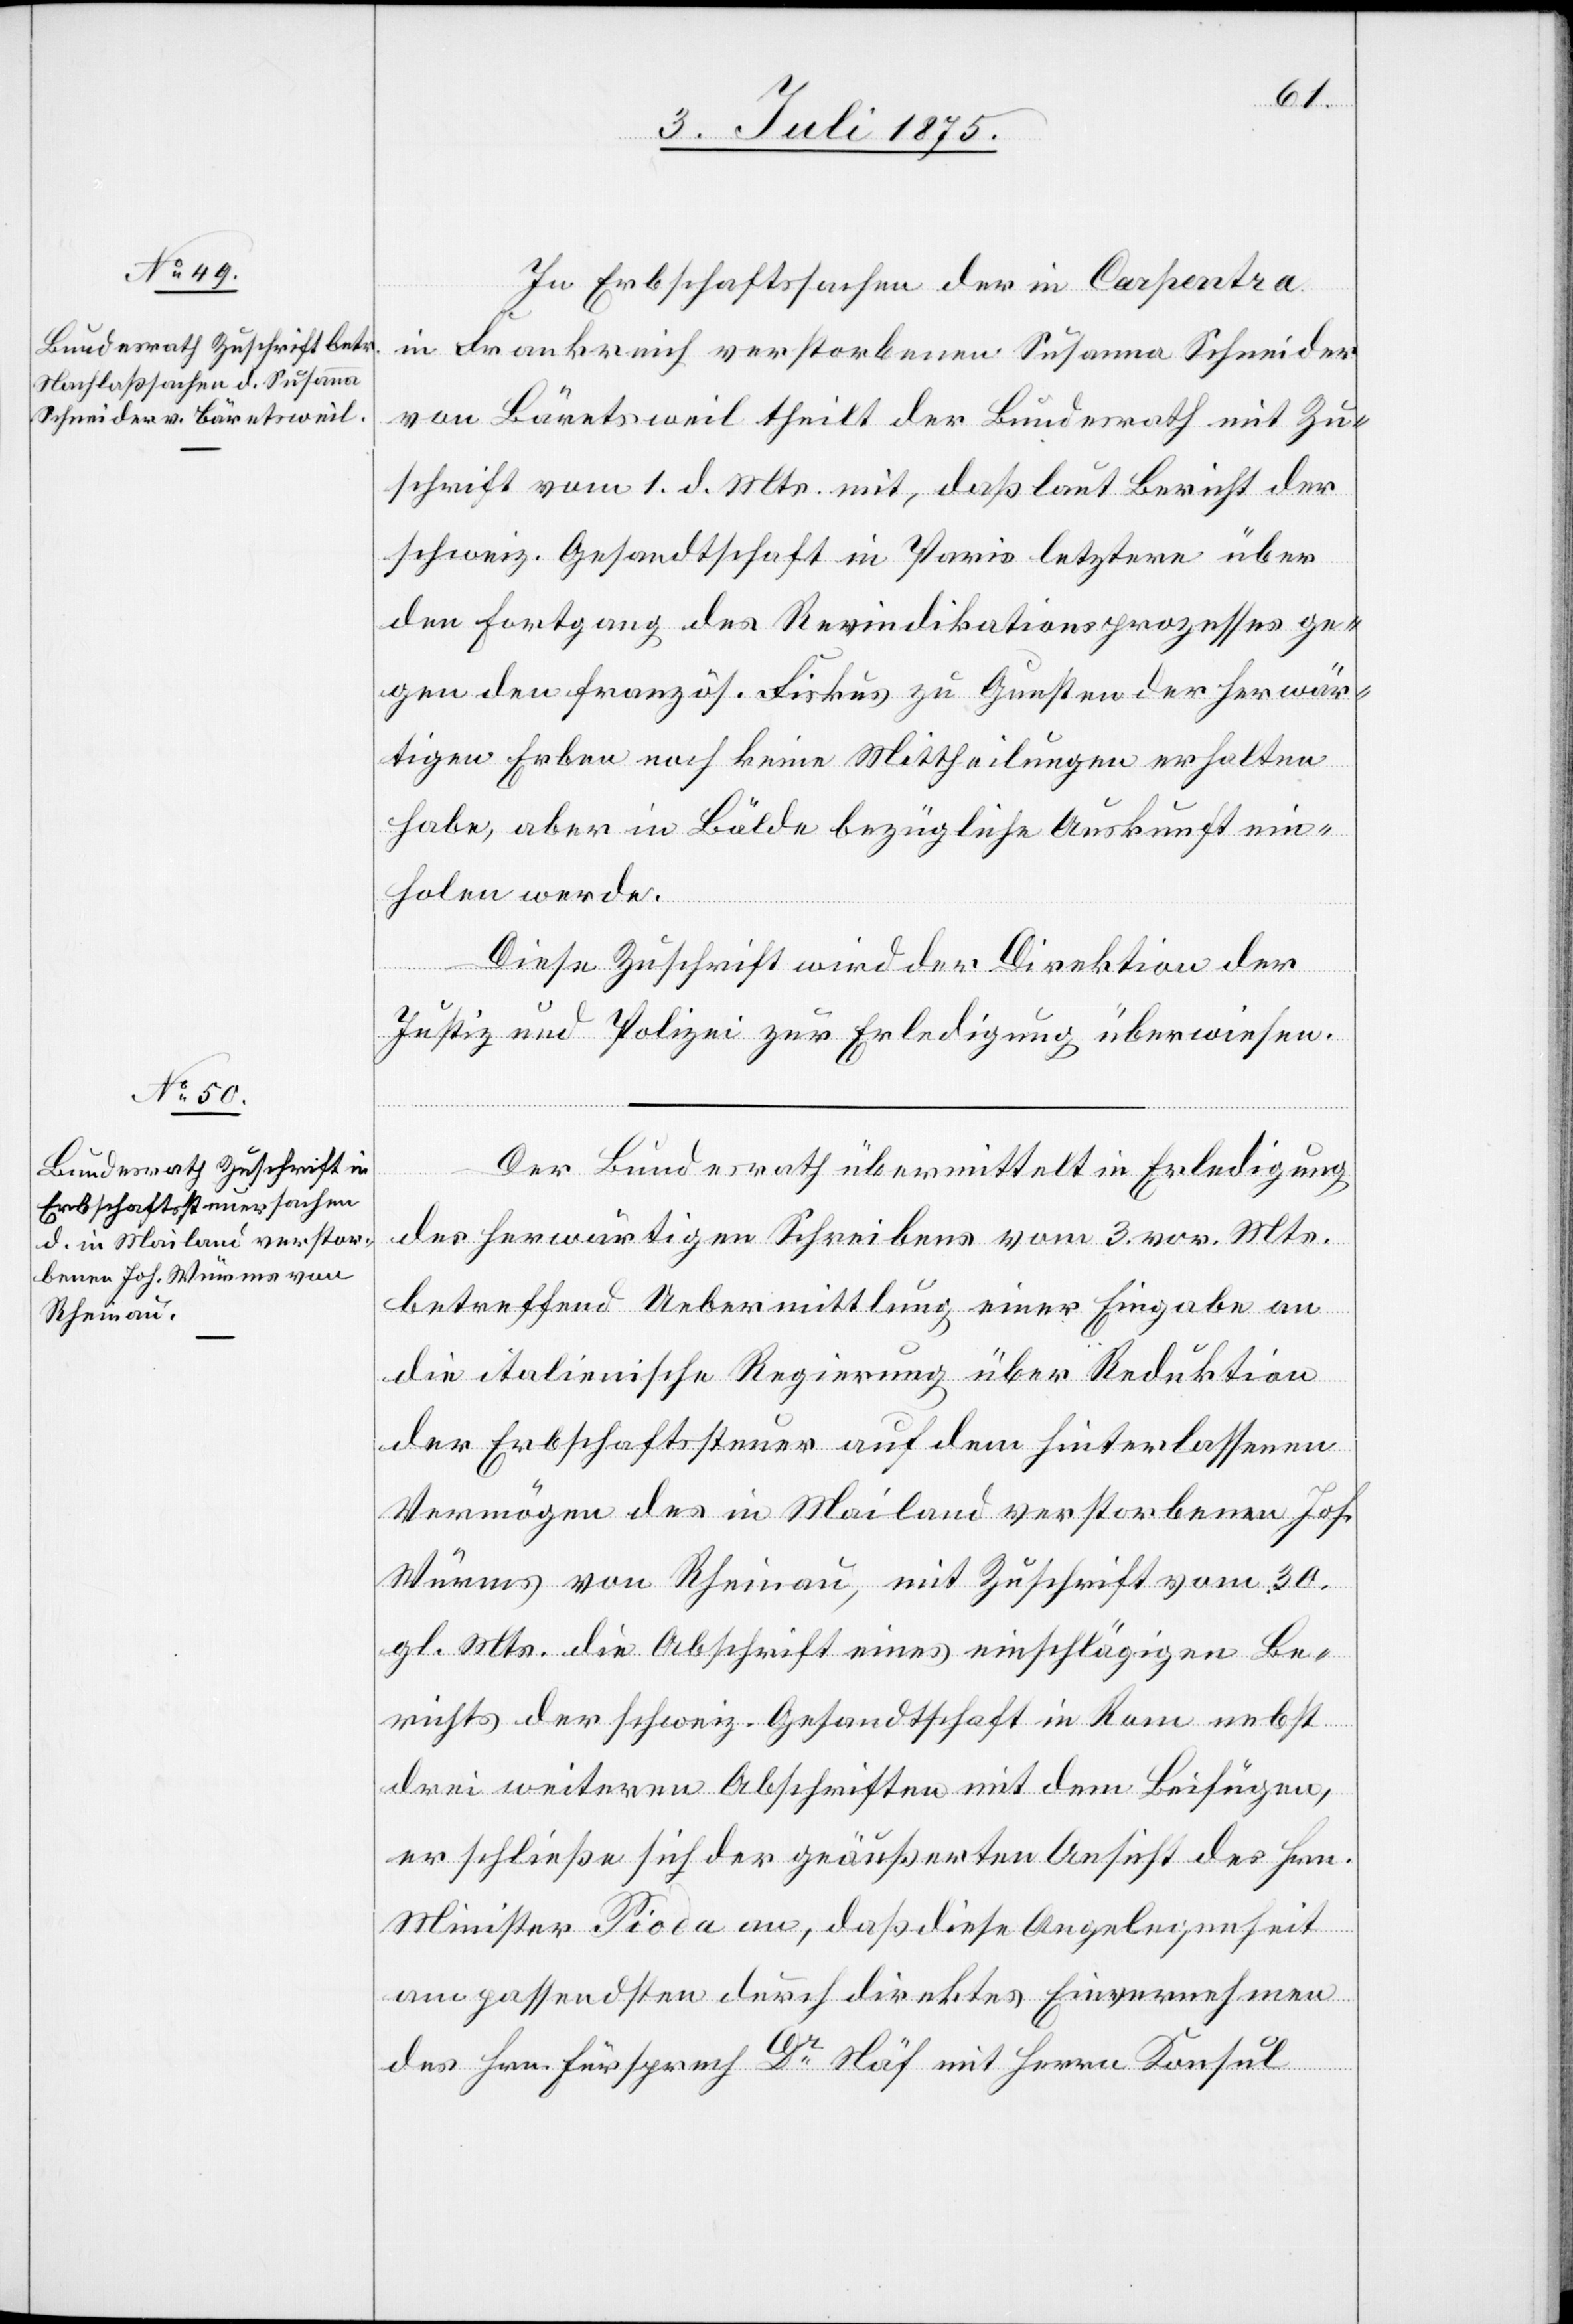
3. Juli 1875.]
In Erbschaftssachen der in Carpentra
in Frankreich verstorbenen Susanna Schneider
von Bäretsweil theilt der Bundesrath mit Zu¬
schrift vom 1. d. Mts mit, daß laut Bericht der
schweiz. Gesandtschaft in Paris letztere über
den Fortgang des Revindikationsprozesses ge¬
gen den französ. Fiskus zu Gunsten der herwär¬
tigen Erben noch keine Mittheilungen erhalten
habe, aber in Bälde bezügliche Auskunft ein¬
holen werde.
Diese Zuschrift wird der Direktion der
Justiz und Polizei zur Erledigung überwiesen.
Der Bundesrath übermittelt in Erledigung
des herwärtigen Schreibens vom 3. vor. Mts.
betreffend Uebermittlung einer Eingabe an
die italienische Regierung über Reduktion
der Erbschaftssteuer auf dem hinterlassenen
Vermögen des in Mailand verstorbenen Joh.
Würms von Rheinau, mit Zuschrift vom 30.
gl. Mts. die Abschrift eines einschlägigen Be¬
richts der schweiz. Gesandtschaft in Rom nebst
drei weitern Abschriften mit dem Beifügen,
er schließe sich der geäußerten Ansicht des Hrn.
Minister Pioda an, daß diese Angelegenheit
am passendsten durch direktes Einvernehmen
des Hrn. Fürsprech Dr Näf mit Herrn Konsul